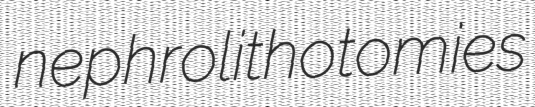
nephrolithotomies